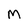
Character: M